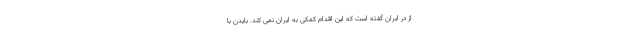
از در ایران گفته است که این اقدام کمکی به ایران نمی کند. بایدن با